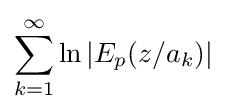
\sum _{k=1}^{\infty }\ln |E_{p}(z/a_{k})|